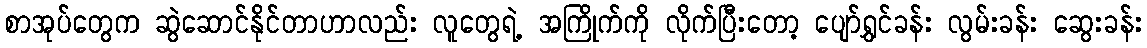
စာအုပ်တွေက ဆွဲဆောင်နိုင်တာဟာလည်း လူတွေရဲ့ အကြိုက်ကို လိုက်ပြီးတော့ ပျော်ရွှင်ခန်း လွမ်းခန်း ဆွေးခန်း